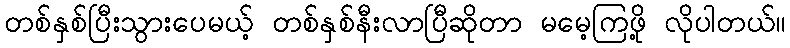
တစ်နှစ်ပြီးသွားပေမယ့် တစ်နှစ်နီးလာပြီဆိုတာ မမေ့ကြဖို့ လိုပါတယ်။